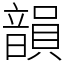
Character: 韻